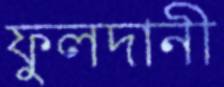
ফুলদানী